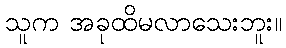
သူက အခုထိမလာသေးဘူး။